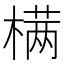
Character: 𣗊